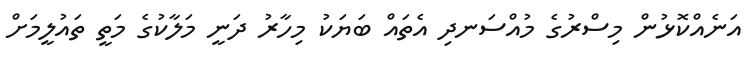
އަނެއްކޮޅުން މިސްރުގެ މުއްސަނދި އެތައް ބަޔަކު މިހާރު ދަނީ މަލާކުގެ މަތީ ތައުލީމަށް